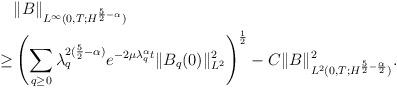
LaTeX: \begin{align*}&\|B\|_{L^{\infty}(0,T; H^{\frac52-\alpha})}\\\geq& \left(\sum_{q\geq0} \lambda_q^{2(\frac52-\alpha)} e^{-2\mu\lambda_q^\alpha t}\|B_q(0)\|^2_{L^2}\right)^{\frac12} -C \|B\|^2_{L^{2}(0,T; H^{\frac52-\frac{\alpha}{2}})}.\end{align*}